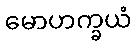
မောဟက္ခယံ